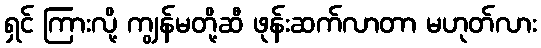
ရှင် ကြားလို့ ကျွန်မတို့ဆီ ဖုန်းဆက်လာတာ မဟုတ်လား